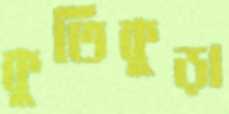
কুতিকুড়া